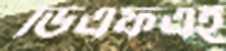
ডিএফএই